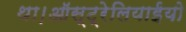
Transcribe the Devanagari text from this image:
था।ऑस्ट्रेलियाईयो